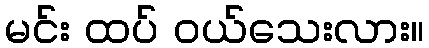
မင်း ထပ် ဝယ်သေးလား။